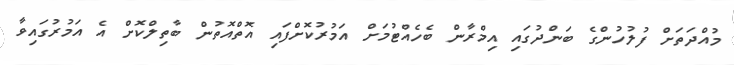
މުއްދަތަށް ފުލުހުންގެ ބަންދުގައި އިމްރާން ބެހެއްޓުމަށް އަމުރުކޮށްފައި އޮތްއޮތުން ބާތިލްކޮށް އެ އަމުރުގައިވާ